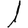
Digit: 1